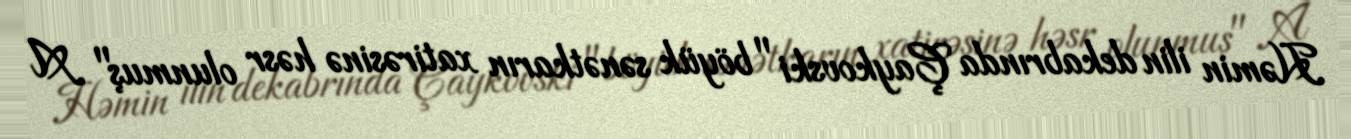
Həmin ilin dekabrında Çaykovski "böyük sənətkarın xatirəsinə həsr olunmuş" A